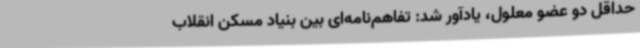
حداقل دو عضو معلول، یادآور شد: تفاهم‌نامه‌ای بین بنیاد مسکن انقلاب